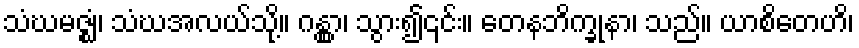
သံဃမဇ္ဈံ၊ သံဃအလယ်သို့။ ဂန္တွာ၊ သွား၍၎င်း။ တေနဘိက္ခုနာ၊ သည်။ ယာစိတေဟိ၊